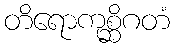
တိရောကုစ္ဆိဂတံ